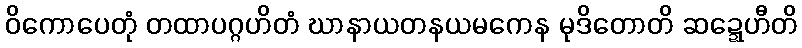
ဝိကောပေတုံ တထာပဂ္ဂဟိတံ ဃာနာယတနယမကေန မုဒိတောတိ ဆဍ္ဍေဟီတိ